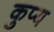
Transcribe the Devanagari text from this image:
कुप्य